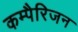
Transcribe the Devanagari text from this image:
कम्पैरिजन